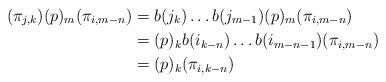
LaTeX: \begin{align*}(\pi_{j,k}) (p)_m (\pi_{i,m-n}) &= b(j_k) \dots b(j_{m-1}) (p)_m (\pi_{i,m-n}) \\&= (p)_k b(i_{k-n}) \dots b(i_{m-n-1}) (\pi_{i,m-n}) \\ &= (p)_k (\pi_{i,k-n}) \end{align*}